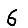
Digit: 6